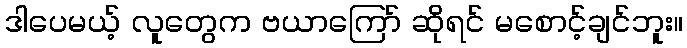
ဒါပေမယ့် လူတွေက ဗယာကြော် ဆိုရင် မစောင့်ချင်ဘူး။